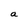
Character: a